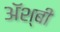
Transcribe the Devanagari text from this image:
ॲश्बी